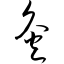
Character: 灸